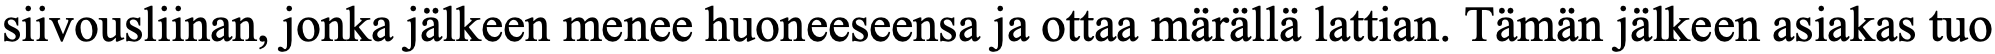
siivousliinan, jonka jälkeen menee huoneeseensa ja ottaa märällä lattian. Tämän jälkeen asiakas tuo